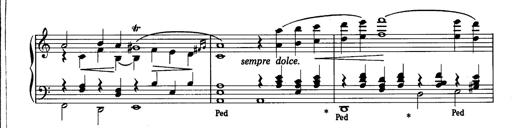
Title: La romanesca
Composer: Franz Liszt